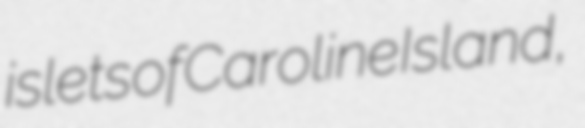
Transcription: islets of Caroline Island,